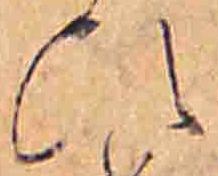
ひ